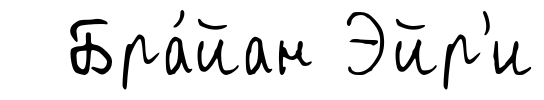
Бра́йан Эйр'и